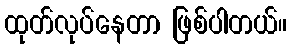
ထုတ်လုပ်နေတာ ဖြစ်ပါတယ်။